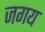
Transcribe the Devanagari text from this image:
जगय